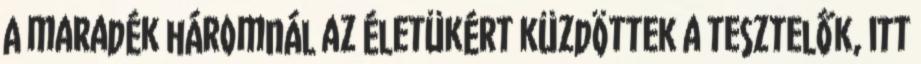
A maradék háromnál az életükért küzdöttek a tesztelők, itt